Burma Government Medical School reports 1907-22
Year: 1907
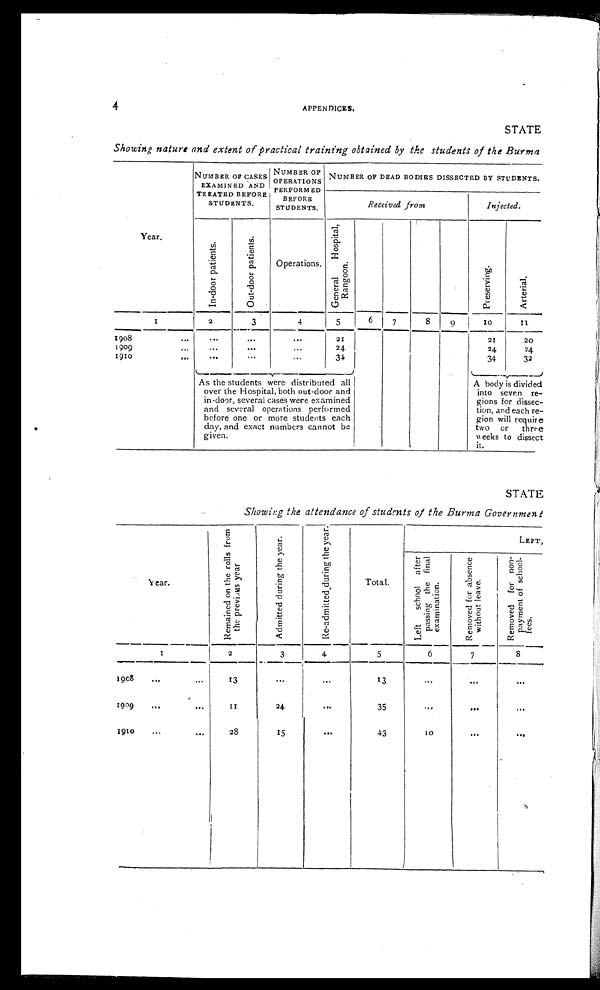
4
APPENDICES.
STATE
Showing nature and extent of practical training obtained by the students of the Burma
NUMBER OF CASES
EXAMINED AND
TREATED BEFORE
STUDENTS.
NUMBER OF
OPERATIONS
PERFORMED
BEFORE
STUDENTS.
NUMBER OF DEAD BODIES DISSECTED BY STUDENTS.
Received from
Injected.
Year.
I n - d o o r p a t i e n t s .
O u t - d o o r p a t i e n t s .
Operations.
G e n e r a l H o s p i t a l , R a n g o o n .
P r e s e r v i n g .
A r t e r i a l .
1
2
3
4
5
6
7
8
9
10
11
1908 ...
. . .
. . .
. . .
21
2 1
20
1909
...
. . .
. . .
. . .
24
24
24
1910
...
. . .
...
. . .
34
34
32
As the students were distributed all
over the Hospital, both out-door and
in-door, several cases were examined
and several operations performed
before one or more students each
day, and exact numbers cannot be
given.
A body is divided
into seven re-
gions for
d i s s e c -
tion, and each re-
gion will require
two or three
weeks to dissect
it.
STATE
Showing the attendance of students of the Burma Government
Y e a r .
R e m a i n e d o n t h e r o l l s f r o m t h e p r e v i o u s y e a r .
A d m i t t e d d u r i n g t h e y e a r .
R e - a d m i t t e d d u r i n g t h e y e a r .
Total.
LEFT,
L e f t s c h o o l a f t e r p a s s i n g t h e f i n a l e x a m i n a t i o n .
R e m o v e d f o r a b s e n c e w i t h o u t l e a v e .
R e m o v e d f o r n o n - p a y m e n t o f s c h o o l - f e e s .
1
2
3
4
5
6
7
8
1908
...
...
13
...
...
13
...
...
...
1909
...
...
11
24
...
35
...
...
...
1910 .... . .
28
15
...
43
10
...
. . .